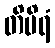
တိမိရံ